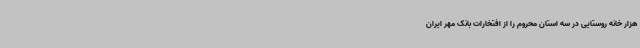
هزار خانه روستایی در سه استان محروم را از افتخارات بانک مهر ایران